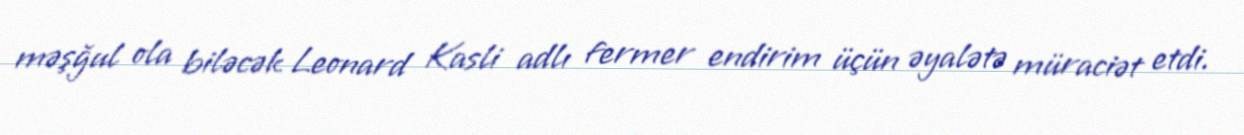
məşğul ola biləcək Leonard Kasli adlı fermer endirim üçün əyalətə müraciət etdi.